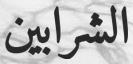
الشرابين